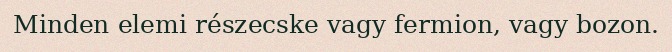
Minden elemi részecske vagy fermion, vagy bozon.